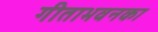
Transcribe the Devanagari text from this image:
गीताभवनका